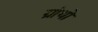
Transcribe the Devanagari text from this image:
ग्रांथों